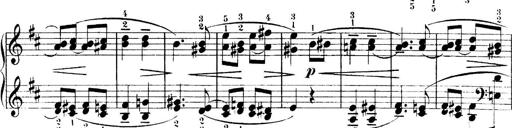
Title: 4 Sonatines
Composer: Max Reger